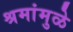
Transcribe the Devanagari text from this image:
श्रमांमुळे